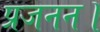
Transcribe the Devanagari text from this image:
प्रजनन।